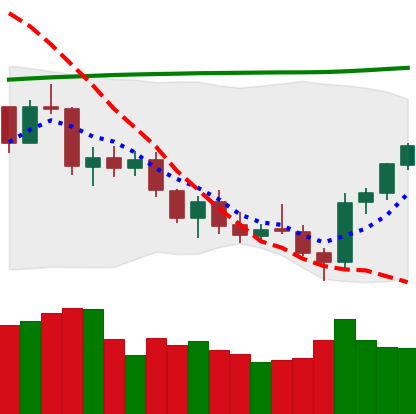
Ticker: ETH-USD
Chart end date: 2021-07-24
Forward return: 8.758%
Label: up_7plus